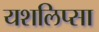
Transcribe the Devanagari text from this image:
यशलिप्सा